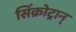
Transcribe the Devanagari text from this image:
सिंक्रोट्रान्